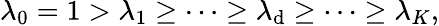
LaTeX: \lambda_{0}=1>\lambda_{1}\ge\dots\ge\lambda_{\mathrm{d}}\ge\dots\ge\lambda_{K},